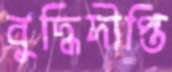
বুদ্ধিদীপ্তি